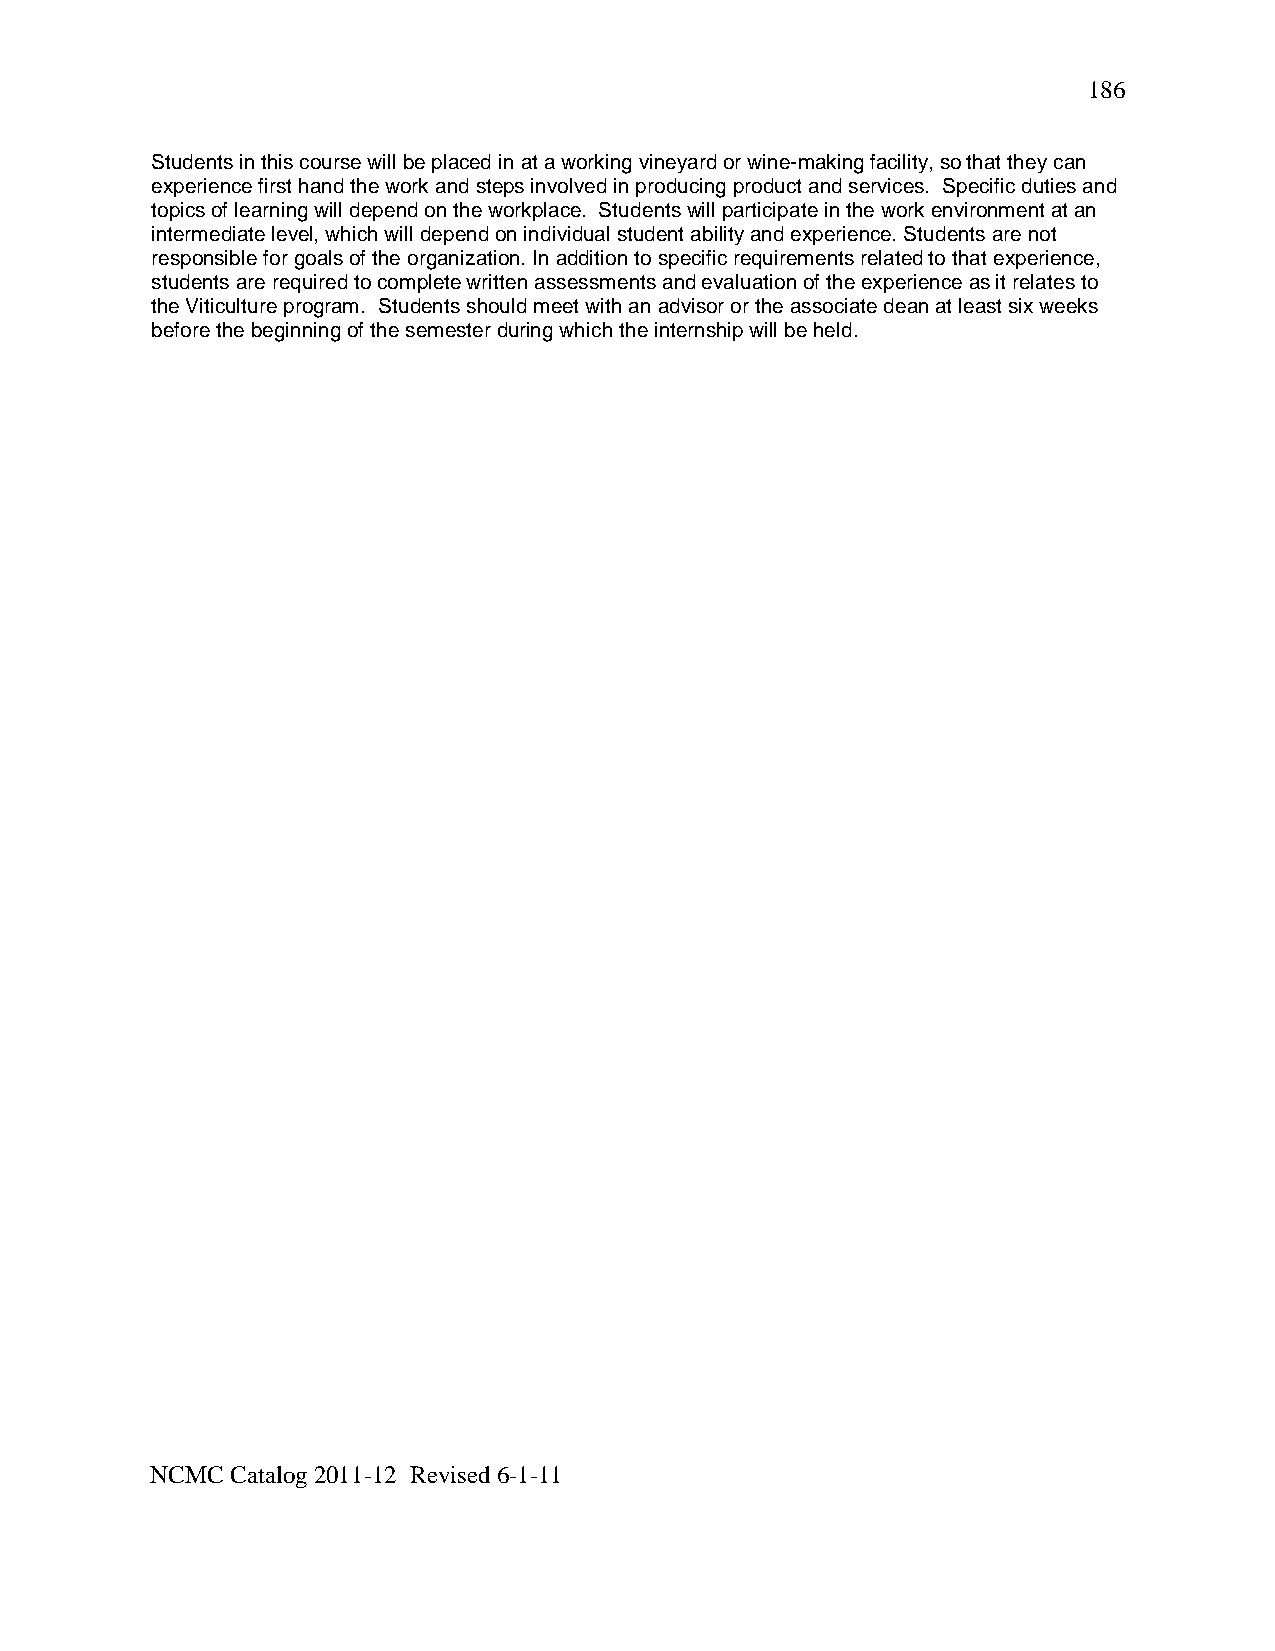
186
 Students in this course will be placed in at a working vineyard or wine-making facility, so that they can
 experience first hand the work and steps involved in producing product and services. Specific duties and
 topics of learning will depend on the workplace. Students will participate in the work environment at an
 intermediate level, which will depend on individual student ability and experience. Students are not
 responsible for goals of the organization. In addition to specific requirements related to that experience,
 students are required to complete written assessments and evaluation of the experience as it relates to
 the Viticulture program. Students should meet with an advisor or the associate dean at least six weeks
 before the beginning of the semester during which the internship will be held.
 NCMC Catalog 2011-12 Revised 6-1-11